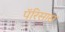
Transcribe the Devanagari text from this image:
पॅरिसास